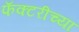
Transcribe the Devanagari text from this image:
फॅक्टरीच्या